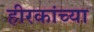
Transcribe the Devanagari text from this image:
हीरकांच्या